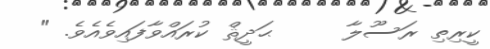
ކީރިތި ރަސޫލާ     ޙަދީޘް ކުރައްވާފައިވެއެވެ. "